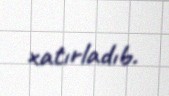
xatırladıb.